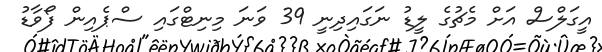
އީގަލްސް އަށް މެޗުގެ ލީޑު ނަގައިދިނީ 39 ވަނަ މިނިޓްގައި ސްޕެއިން ފޯވާޑު